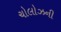
ચોલોઝની